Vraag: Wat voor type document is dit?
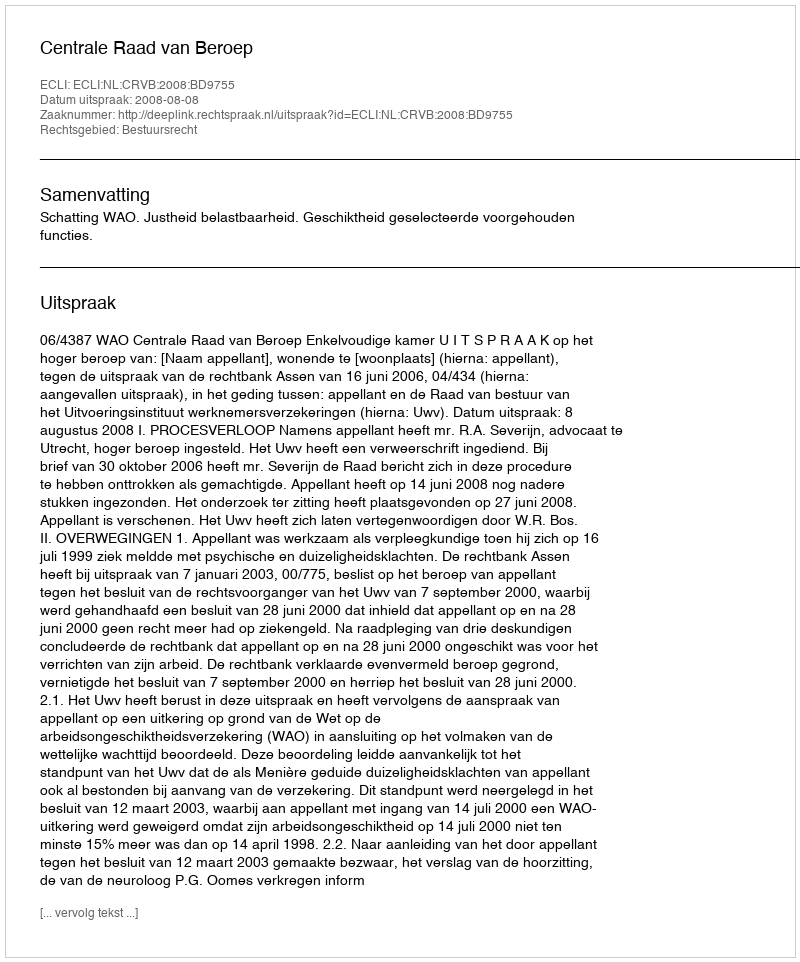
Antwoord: Uitspraak